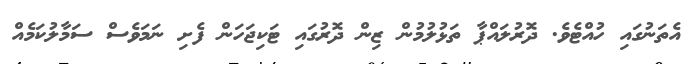
އެތަނުގައި ހުއްޓެވެ. ދޮރުލައްޕާ ތަޅުލުމުން ޒިން ދޮރުގައި ޓަކިޖަހަން ފެށި ނަމަވެސް ސަމާލުކަމެއް